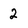
Character: 2